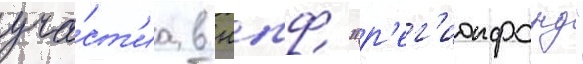
уча́ст'иа в нпф "р'ег'ионфонд"